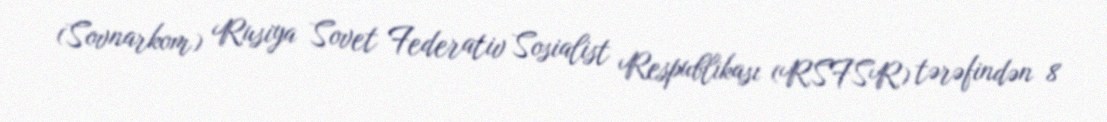
(Sovnarkom) Rusiya Sovet Federativ Sosialist Respublikası (RSFSR) tərəfindən 8